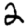
Digit: 2